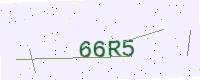
Text: 66R5